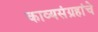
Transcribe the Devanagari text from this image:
काव्यसंग्रहांचे